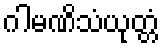
ဂါမဏိသံယုတ္တံ